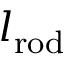
l _ { \mathrm { r o d } }